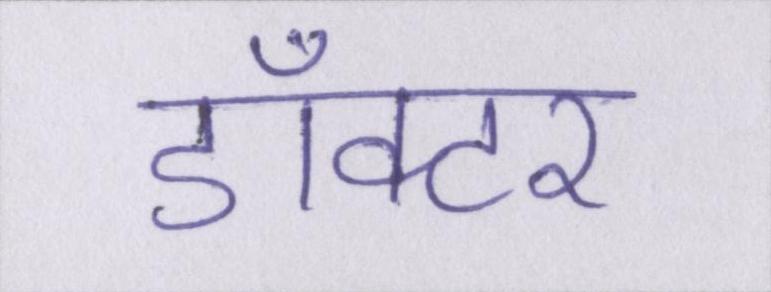
डाँक्टर